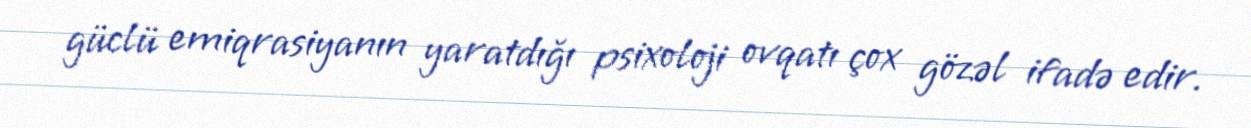
güclü emiqrasiyanın yaratdığı psixoloji ovqatı çox gözəl ifadə edir.